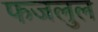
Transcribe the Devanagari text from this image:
फजलुल